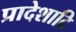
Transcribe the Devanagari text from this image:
प्रादेशादि